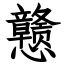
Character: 戆